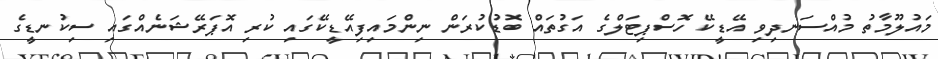
މައުލޫމާތު މުއްސަނދިވި އޭޑީކޭ ހޮސްޕިޓަލްގެ އަގުތައް ބޮޑުކުރަން ނިންމައިފިއޭޑީކޭގައި ކުރި އޮޕަރޭޝަނެއްގައި ސިކުނޑީގެ